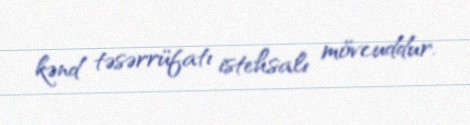
kənd təsərrüfatı istehsalı mövcuddur.